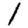
Digit: 1